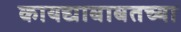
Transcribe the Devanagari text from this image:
कायद्याबाबतच्या